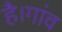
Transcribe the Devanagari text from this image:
है।गांव